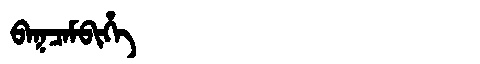
Manchu: ᠪᠠᡴᠴᠠᠮᠪᡳᡥᡝ
Romanization: BAKCAMBIHE